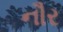
નૌર